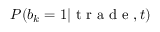
P ( b _ { k } = 1 | \mathrm { ~ t ~ r ~ a ~ d ~ e ~ } , t )